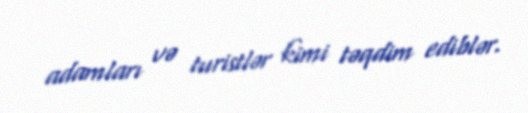
adamları və turistlər kimi təqdim ediblər.